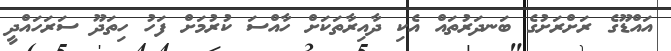
އައްޑޫގެ ރަށްރަށުގެ ބަނދަރުތައް އެކި ދާއިރާތަކަށް ހާއްސަ ކުރުމަށް ފަހު ހިތަދޫ ސަރަހައްދީ